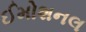
ઈમોશનલ